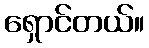
ရှောင်တယ်။